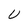
Character: U